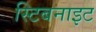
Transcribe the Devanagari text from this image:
स्टिबनाइट